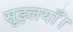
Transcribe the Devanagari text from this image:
सुइलयाँ।